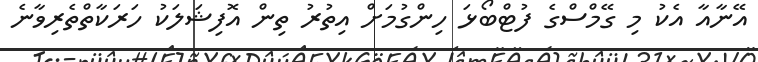
އޭނާއާ އެކު މި ގޭމްސްގެ ފުޓްބޯޅަ ހިންގުމަށް އިތުރު ތިން އޮފިޝަލަކު ހަރަކާތްތެރިވާނެ